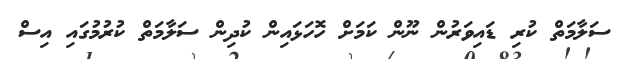
ސަލާމަތް ކުރި ޑައިވަރުން ނޫން ކަމަށް ހޮހަޅައިން ކުދިން ސަލާމަތް ކުރުމުގައި އިސް